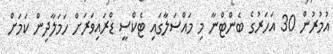
އުމުރުން 30 އަހަރުގެ ބެންޓްނާ މި މައްސަލާގައި ޓެކްސީ ޑްރައިވަރަށް ހަމަލާދިން ކަމަށް